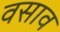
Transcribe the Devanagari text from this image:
वसाव